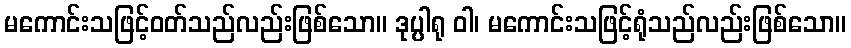
မကောင်းသဖြင့်ဝတ်သည်လည်းဖြစ်သော။ ဒုပ္ပါရု ဝါ၊ မကောင်းသဖြင့်ရုံသည်လည်းဖြစ်သော။